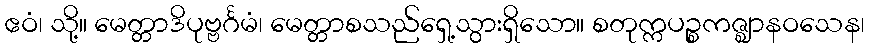
ဧဝံ၊ သို့။ မေတ္တာဒိပုဗ္ဗင်္ဂမံ၊ မေတ္တာစသည်ရှေ့သွားရှိသော။ စတုက္ကပဉ္စကဇ္ဈာနဝသေန၊